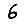
Digit: 6